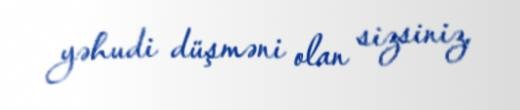
yəhudi düşməni olan sizsiniz.